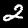
Digit: 2